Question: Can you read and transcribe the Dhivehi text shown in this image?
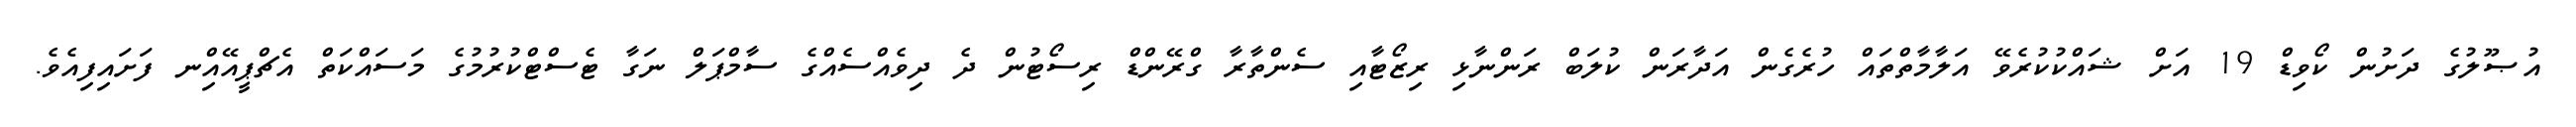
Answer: އުޞޫލުގެ ދަށުން ކޯވިޑް 19 އަށް ޝައްކުކުރެވޭ އަލާމާތްތައް ހުރެގެން އަދާރަން ކުލަބް ރަންނާޅި ރިޒޯޓާއި ސެންތާރާ ގްރޭންޑް ރިސޯޓުން ދެ ދިވެއްސެއްގެ ސާމްޕަލް ނަގާ ޓެސްޓްކުރުމުގެ މަސައްކަތް އެޗްޕީއޭއިްނ ފަށައިފިއެވެ.